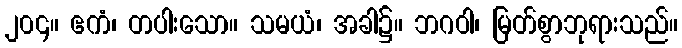
၂၀၄။ ဧကံ၊ တပါးသော။ သမယံ၊ အခါ၌။ ဘဂဝါ၊ မြတ်စွာဘုရားသည်။